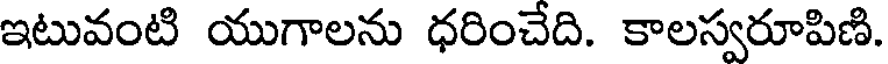
ఇటువంటి యుగాలను ధరించేది. కాలస్వరూపిణి.